Civil Veterinary Dept. Bombay admin report 1907-1913 - 1907-1913
Year: 1907
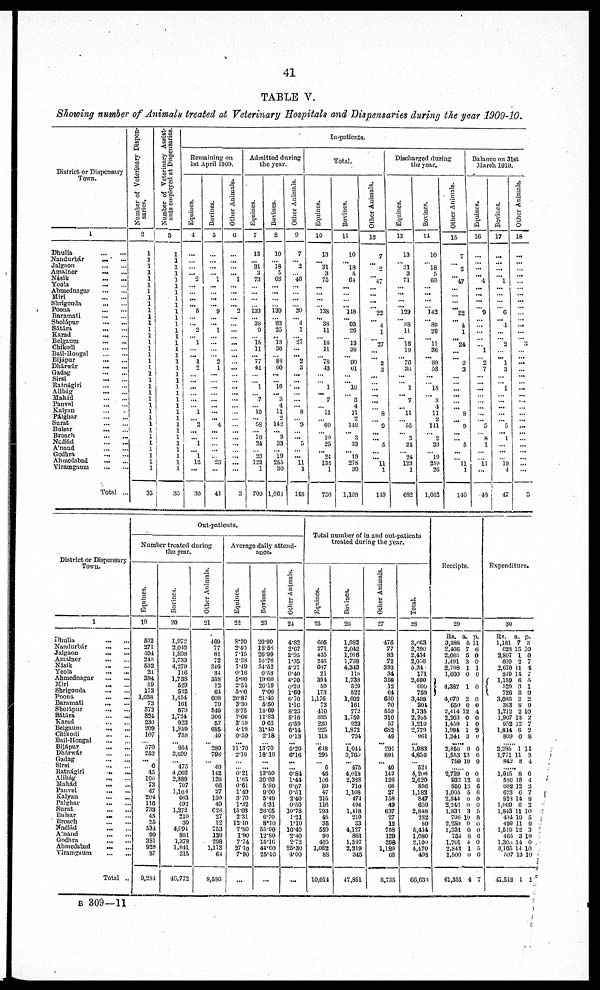
41
TABLE V.
Showing number of Animals treated at Veterinary Hospitals and Dispensaries during the year 1909-10.
District or Dispensary
Town.
1
Dhulia
...
...
Nandurbár
...
...
Jalgnon
...
...
Amalner
...
...
Násik
...
...
Yeola
...
...
Ahmednagar
...
...
Miri
...
...
Shrigonda ... ...
Poona
...
...
Baramati
...
...
Sholápur
...
...
Sátára
...
...
Karad...
...
Belgaum ... ...
Chikodi
...
...
Ball-Hongal
...
...
Bjjápuj ... ...
Dhárwár
...
...
Gadng
...
...
Sirsi
...
...
Ratnágiri
...
...
Alibág ... ...
Mahád...
...
Panvel
...
...
Kalyan ... ...
Pálghar
...
...
Surat
...
...
Bulsar
...
...
Broach
Nádiád... ...
A'nand
...
...
Godhra ... ...
Ahmedabad
...
Viramgaum ... ...
Total ...
Number of Veterinary Dispen-
saries.
2
1
1
1
1
1
1
1
1
1
1
1
1
1
1
1
1
1
1
1
1
1
1
1
1
1
1
1
1
1
1
1
1
1
1
1
35
Number of Veterinary Assist-
ants employed at Dispensaries.
8
1
1
1
1
1
1
1
1
1
1
1
1
1
1
1
1
1
1
1
1
1
1
1
1
1
1
1
1
1
1
1
1
1
1
1
35
In-patients.
Remaining on
1st April 1909.
Equines.
4
...
...
...
... 2
...
...
...
... 5
...
... 0
...
1
...
... 1
0
...
...
...
...
...
...
1
...
2
...
...
1
...
1
12
...
30
Bovines.
6
...
...
...
...
1
...
...
...
...
9
...
... 1
...
...
...
...
2
1
...
...
...
...
...
...
...
... 4.
...
...
...
...
...
23
...
41
Other Animals.
6
...
...
...
... 1
...
...
...
... 2
...
...
...
...
...
...
...
...
...
...
...
...
...
...
...
...
...
...
...
...
...
...
...
...
...
3
Admitted during
the year.
Equines.
7
13
...
81
3
73
...
...
...
...
133
...
38
9
...
15
11
...
77
41
...
...
1
...
7
...
10
...
58
...
10
24
...
23
123
1
700
Bovines.
8
10
...
18
5
63
...
...
...
...
139
...
93
25
.. 13
36
...
83
60
...
...
16
... 3
4
11
2
142
... 3
33
...
19
255
30
1,003
Other Animals.
9
7
...
2
...
48
...
...
...
...
20
... 4
1
...
27
...
... 2
3
...
...
...
...
...
...
8
...
0
...
... 5
...
... 11
a
146
Total.
Equines.
10
13
...
31
3
75
...
...
...
...
138
...
38
11
...
16
11
...
78
43
...
...
...
... 7
...
11
...
00
...
10
25
...
24
134
1
730
Bovines.
11
10
...
18
5
01
...
...
...
...
118
...
03
20
...
13
36
...
90
61
...
... 10
...
3
4
11
2
140
...
3
33
...
19
278
30
1,109
Other Animals.
12
...
...
2
...
47
...
...
...
...
00
...
4
1
...
27
...
2
3
...
...
...
...
...
...
8
...
0
...
...
5
...
... 11
1
149
Discharged during
the year.
Equines.
13
13
...
31
3
71
...
...
...
... 129
...
38
11
... 16
10
...
76
36
...
...
1
... 7
...
11
...
...
...
2
21
...
24
123
1
682
Bovines.
14
10
...
18
5
03
...
...
...
...
142
...
89
26
...
11
36
...
89
58
...
...
15
...
3
4
11
2
141
...
2
33
...
19
259
26
1,062
Other Animals.
15
7
...
2
...
47
...
...
...
...
22
...
4
1
...
24
...
...
2
3
...
...
...
...
...
... 8
...
9
...
...
6
...
...
11
1
140
Balance on 31st
March 1910.
Equines.
16
...
...
...
... 4
...
...
...
...
9
...
...
...
...
...
1
...
2
7
...
...
...
...
...
...
...
...
5
...
8
1
...
...
11
...
49
Bovines.
17
...
...
......
...
1
...
...
...
...
6
... ...4
...
...
2
...
......
1
3
...
...
1
...
...
...
...
...
5
... 1
...
...
...
19
4
47
Other Animals.
18
...
...
...
...
...
...
...
...
...
...
...
...
...
...
3
...
...
...
...
...
...
...
...
...
...
...
...
...
...
...
...
...
...
...
...
3
District or Dispensary
Town.
1
Dhulia
...
...
Nandurbár
...
...
Jalgaon
...
...
Amalner
...
...
Násik ... ...
Yeola
...
...
Ahmednagar
...
...
Miri
...
...
Shrigonda
...
...
Poona...
...
Baramati...
...
Sholápur
...
...
Sátára
...
...
Karad
...
...
Belgaum
...
...
Chikodi ... ...
Bail-Hongal
...
...
Bijápur
...
...
Dhárwár
...
...
Gadag
...
...
Sirsi
...
...
Ratnágiri
...
...
Alibág
...
...
Mahád
...
Panvel
...
...
Kalyan
...
...
Palghar
...
...
Surat
...
...
Bulsar
...
...
Broach
...
...
Nadiád
...
...
A'nand
...
...
Godhra
...
...
Ahmedabad
...
...
Viramgaum
...
...
Total ...
Out-patients.
Number treated during
the year.
Equities.
19
592
271
404
243
532
21
394
59
173
1,038
73
372
324
230
209
107
...
570
252
... 6
45
106
73
47
204
116
733
45
25
534
90
3S1
928
87
9,284
Bovines.
20
1,972
2,042
1,898
1,733
4,279
116
1,738
529
522
1,454
101
079
1,724
923
1,859
75S
...
954
3,699
...
475
4,002
2,388
707
1,104
463
492
1,272
210
30
4,094
861
1,378
1,941
315
40,772
Other Animals.
21
469
77
81
72
316
34
358
12
64
608
70
540
309
57
655
49
...
289
798
...
40
142
126
06
27
150
40
C23
27
12
753
139
298
1,173
64
8,586
Average daily attend-
ance .
Equines.
22
8.20
2.40
7.15
2.28
7.49
0.16
5.90
2.54
5.00
20.87
3.30
8.75
7.66
3.59
4.19
0.30
...
11.70
2.16
...
...
0.21
1.65
0.61
1.49
3.70
1.32
1503
2.31
12.10
7.8O
1.90
7.74
271o
7.90
Bovines.
23
20.90
18.59
26.99
16.76
54.52
0.58
19.60
26.10
7.00
21.40
5.50
14.69
11.83
9 02
31.40
2.18
...
13.70
18.16
...
...
13.50
30.93
5.80
9.00
5.40
5.31
26.05
6.70
8.10
55.00
12.80
15.16
44.60
25.40
...
Other Animals.
24
4.82
2.67
2.95
1.35
4.27
0.40
4.70
0.29
1.60
6.70
1.16
8.23
5.16
0.59
6.14
0.13
...
5.20
6.16
...
...
0-84
1.44
0.07
0.51
2-40
0.50
10.78
1.21
1.10
10.40
2.40
2.72
25.30
4.00
1 ...
Total number of in and out-patients
treated during the year.
Equines.
25
605
271
435
246
097
21
304
59
173
1,176
73
410
335
230
225
118
...
618
295
...
6
46
106
80
47
215
116
793
45
35
559
90
405
1,062
88
10,014
Bovines.
20
1,982
2,042
1,916
1,738
4,343
116
1,733
529
522
1,602
101
772
1,750
923
1,872
704
... 1,041
3,760
...
475
4,018
2,338
710
1,108
474
494
1,418
210
33
4,127
861
1,397
2.219
345
47,881
Other Animals.
27
476
77
83
72
393
34
358
12
64
630
70
553
310
57
682
49
... 291
801
... 40
142
126
66
27
158
49
637
27
12
758
129
298
1,189
65
8,735
Total.
28
3,063
2,390
2,434
2,0.-)G
534
171
2,490
coo
759
3,408
301
1,735
2,395
1.210
2,779
961
... 1,983
4,856
...
521
4,206
2,620
856
1,183
847
659
2,848
2S2
80
5,414
1,080
2,100
4,470
498
66,630
Receipts.
29
Rs. a. p.
3,388 6 11
2,466 7 6
2,061 5 0
1,491 3 0
2,798 1 1
1,660 0 0
4,387 1 0
4,679 2 0
650 0 0
2,414 12 4
2,263 0 0
1,459 1 0
1,994 1 9
1,341 3 0
.....
2,856 0 0
1,653 13 6
750 10 0
.......
2,739 0 0
932 12 6
850 18 6
1,005 5 0
2,344 0 0
3,246 0 0
1,833 3 5
790 10 9
2,250 0 0
1,331 6 0
751 8 6
1,701 4 0
2,843 1 5
1,500 0 0
61,351 4 7
Expenditure.
30
Rs.
a. p.
1,181 7 3
023 15 10
9,807 1 0
609 2 7
2,670 11 4
849 14 7
1,159 6 5
529 3 1
726 3 9
3,080 2 2
383 8 9
1,212 2 10
1,907 13 2
952 12 7
1,814 0 2
809 0 8
........ 2,295 1 11
1,771 11 3
842 8 4
...... 1,015 8 6
530 15 4
602 12 2
673 6 7
923 14 8
1,069 6 2
1,843 11 10
434 10 5
499 11 0
1,510 12 3
465 3 10
l,300 14 0
3,165 14 10
597 13 10
41,542 1 1
b 309—11